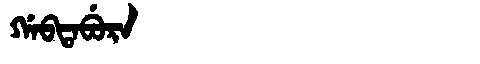
Manchu: ᡤᠠᠪᡨᠠᠪᡠᡵᠠ
Romanization: GABTABURA